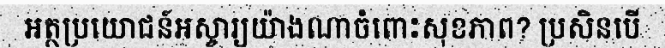
អត្ថប្រយោជន៍អស្ចារ្យយ៉ាងណាចំពោះសុខភាព? ប្រសិនបើ